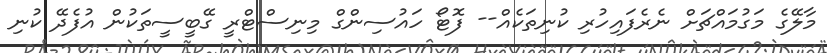
މާލޭގެ މަގުމައްޗަށް ނެރެފައިހުރި ކުނިތަކެއް-- ފޮޓޯ ހައުސިންގް މިނިސްޓްރީ ގޭބީސީތަކުން އުފެދޭ ކުނި